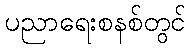
ပညာရေးစနစ်တွင်